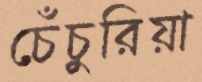
চেঁচুরিয়া